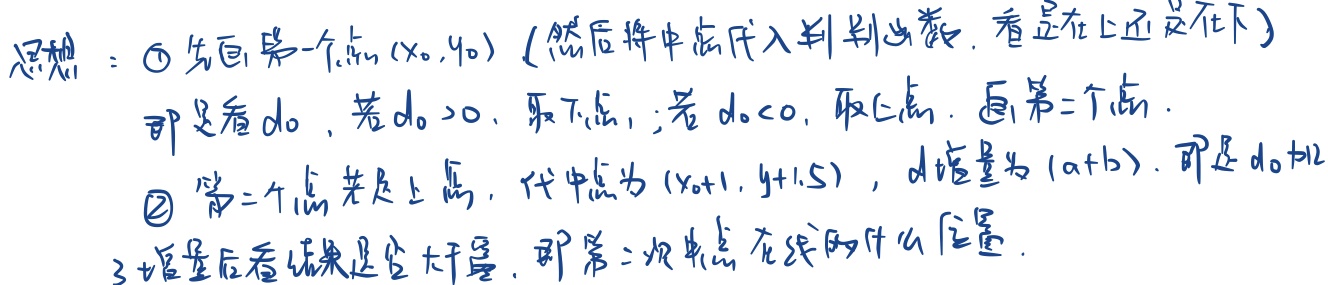
思想：
\(\textcircled{1}\) 先画第一个点 \((x_0,y_0)\)（然后将中点代入判别函数，看是在上还是在下）即是看 \(d_0\)，若 \(d_0>0\)，取下点；若 \(d_0<0\)，取上点，画第二个点。
\(\textcircled{2}\) 第二个点若是上点，代中点为 \((x_0 + 1,y + 1.5)\)，\(d\) 增量为 \((a + b)\)，即是 \(d_0 + b\)。
\(\textcircled{3}\) 增量后看结果是否大于零，即第二次中点在线的什么位置。